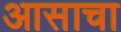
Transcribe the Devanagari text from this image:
आसाचा